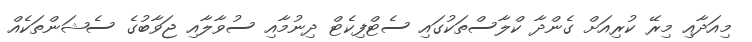
މިއަދާއި މިރޭ ކުރިއަށް ގެންދާ ކްލާސްތަކުގައި ސެޓްފިކެޓް ދިނުމާއި ސުވާލާއި ޖަވާބުގެ ސެޝަންތަކެއް